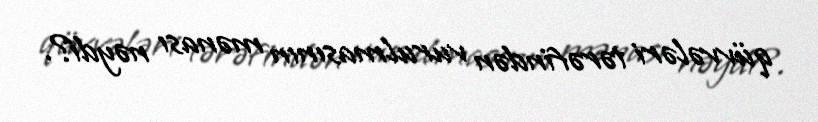
qüvvələri tərəfindən vurulmasının mənası nəydi?.